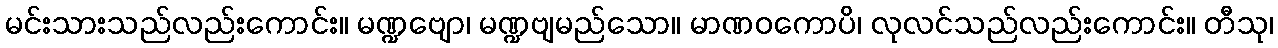
မင်းသားသည်လည်းကောင်း။ မဏ္ဍဗျော၊ မဏ္ဍဗျမည်သော။ မာဏဝကောပိ၊ လုလင်သည်လည်းကောင်း။ တီသု၊